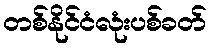
တစ်နိုင်ငံလုံးပစ်ခတ်